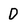
Character: D